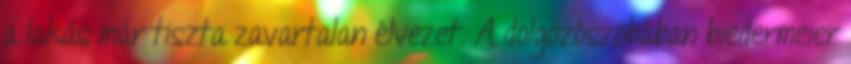
a lakás már tiszta zavartalan élvezet. A dolgozószobában biedermeier